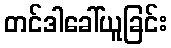
တင်ဒါခေါ်ယူခြင်း